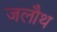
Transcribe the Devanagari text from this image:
जलौथ